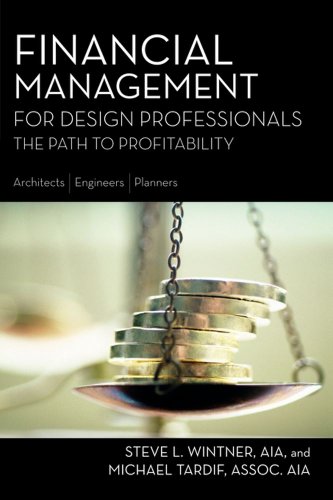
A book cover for Financial Management for Design Professionals: The Path to Profitability; Steve L. Wintner; Arts & Photography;